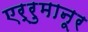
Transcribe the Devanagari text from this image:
एर्रुमानूर